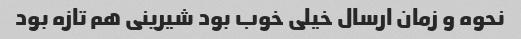
نحوه و زمان ارسال خیلی خوب بود شیرینی هم تازه بود